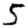
Digit: 5